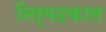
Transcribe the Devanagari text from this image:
निर्मदकाल